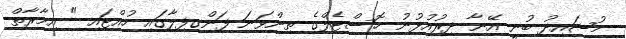
މުޝައިދު ބުނީ އޭނާ ދިރުއުޅުނު ހޮސްޓެލްގެ ތިންވަނަ ފަންގިފިލާގައި ހުއްޓައި " އިމާރާތް